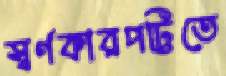
স্বর্ণকারপট্টিতে